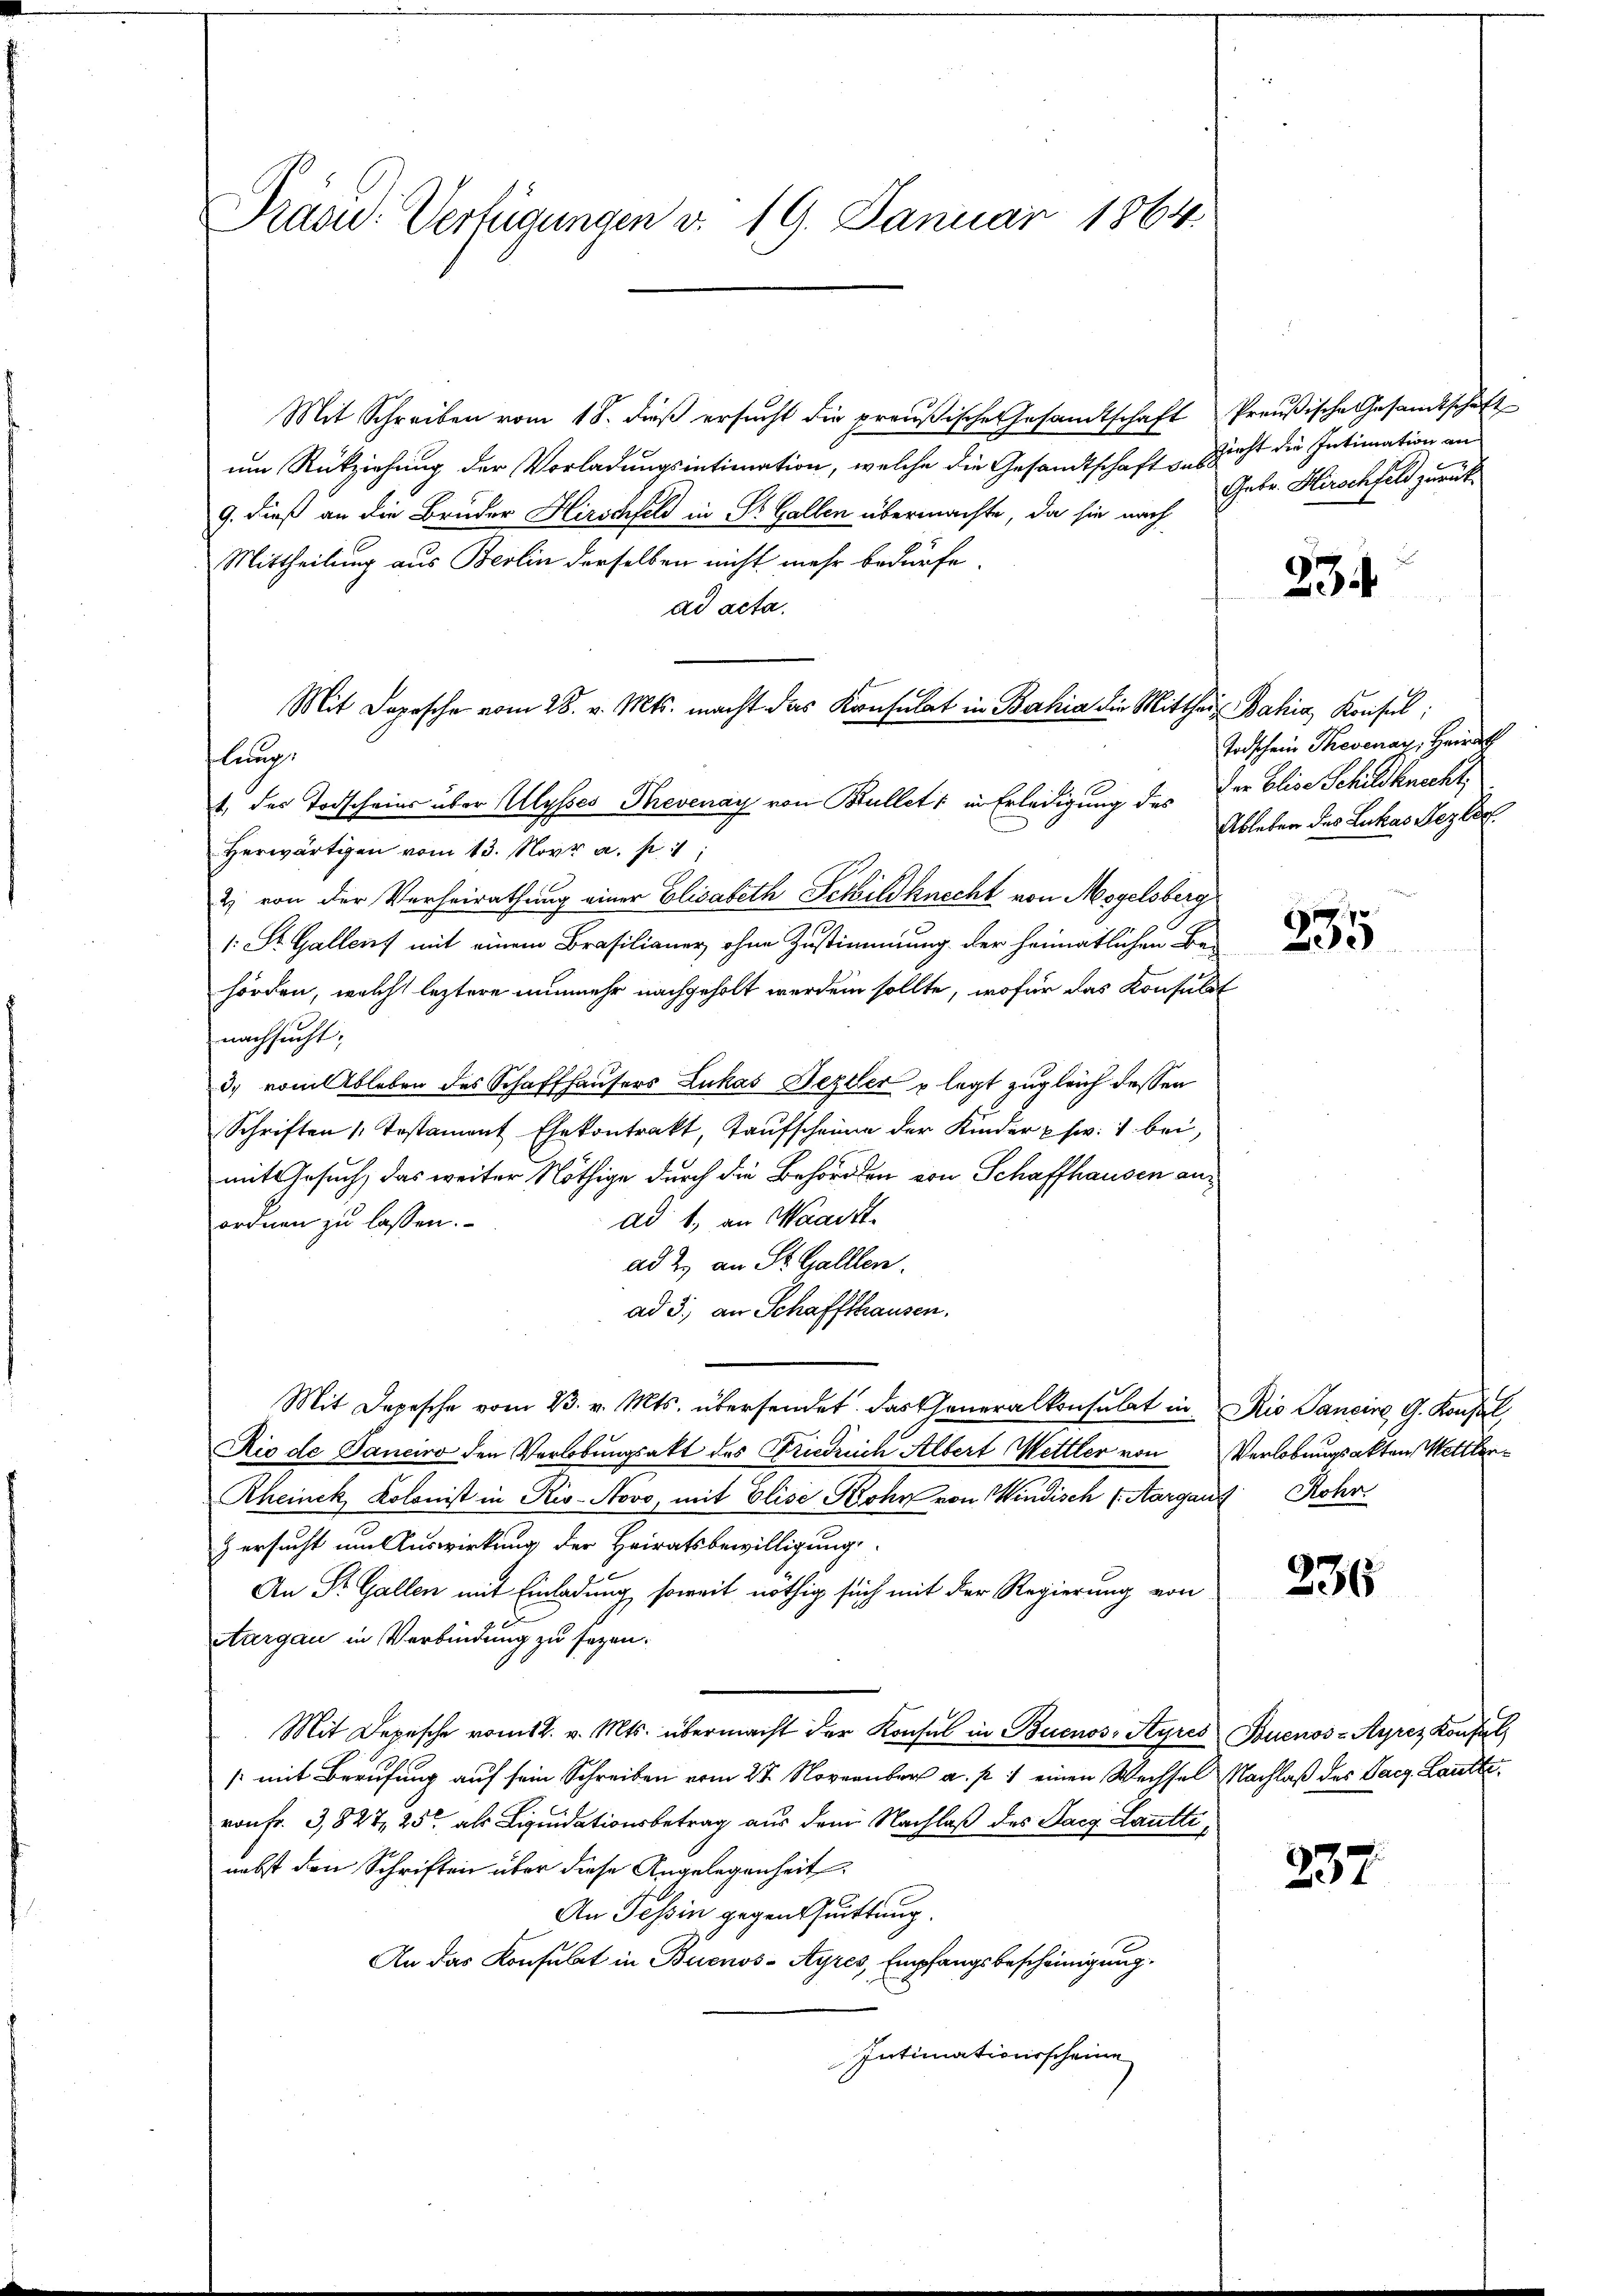
Präsid.: Verfügungen v. 19. Januar 1864.

Mit Schreiben vom 18. dieβ ersŭcht die preußische Gesandtschaft Preußische Gesandtschaft
um Rückziehung der Vorladungsintimation, welche die Gesandtschaft sub
9. dieß an die Bruder Hirschfeld in St. Gallen übermachte, da sie nach
Mittheilung aus Berlin derselben nicht mehr bedürfe.
ad acta.
Mit Depesche vom 28. v. Mts. macht das Konsulat in Bahia die Mittheil Bahia Konsul
1. der Todscheins über Ulysses Thevenay von Bullet, in Erledigung des der Elise Schildknecht
Herwärtigen vom 13. Nov. a. p. 1;
2) von der Verheirathung einer Elisabeth Schildknecht von Mogelsberg
1: St. Gallenz mit einem Brasilianer ohne Zustimmung der heimatlichen Bau
hörden, welche leztere nunmehr nachgeholt werden sollte, wofür das Konsulst
nachsucht;
3. vom Ableben des Schaffhausers Lukas Bezller u legt zugleich dessen
Schriften Testament Ehekontrakt, Taufscheine der Kinder p fr. 1 bei,
mit Gesuch, das weiter Nöthige durch die Behörden von Schaffhausen anad 1., an Waadt
ordnen zu lassen.
ad 2. an St. Gallen.
ad 3., an Schaffthausen.
Mit Depesche vom 23. v. Mts. übersendet das Generalkonsulat in Rio Sancire G. Konsul,
Rio de Panciro den Verlobungsakt des Friedrich Albert Wettler von Verlobungsakten Mettler¬
Rheinck, Kolonist in Ris-Novo, mit Elise Rohr von Windisch (Aargaus Rohr
z ersucht um Auswirkung der Heiratsbewilligung
An St. Gallen mit Einladung soweit nöthig sich mit der Regierung von
Aargau in Verbindung zu sezen.
Mit Depesche vom 12. v. Mts. übermacht der Konsul in Buenos-Ayres Buenos-Ayrez Konfel
/ mit Berufung auf sein Schreiben vom 25. November a. p. 1 einen Wechsel Nachlaß des Parz. Lautte
von fr. 3,827, 25t als Liquidationsbetrag aus dem Nachlaß des Sarg Lanttinebst den Schriften über diese Angelegenheit.
An Tessin gegen Quittung.
An das Konsulat in Buenos-Ayres, Empfangsbescheinigung.
Intimationsscheine

lung.

nicht die Intimation an
Gebr. Hirschfeld zurück¬

234

Todschein Thovenaz, Heirath
Ableben des Lukas Nezlic

235

236

237.